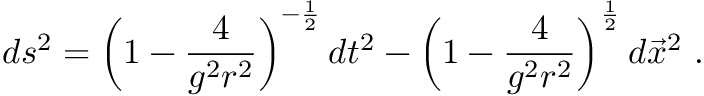
d s ^ { 2 } = \left( 1 - { \frac { 4 } { g ^ { 2 } r ^ { 2 } } } \right) ^ { - { \frac { 1 } { 2 } } } d t ^ { 2 } - \left( 1 - { \frac { 4 } { g ^ { 2 } r ^ { 2 } } } \right) ^ { \frac { 1 } { 2 } } d \vec { x } ^ { 2 } \ .